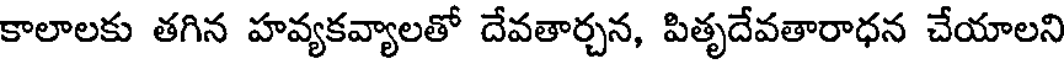
కాలాలకు తగిన హవ్యకవ్యాలతో దేవతార్చన, పితృదేవతారాధన చేయాలని